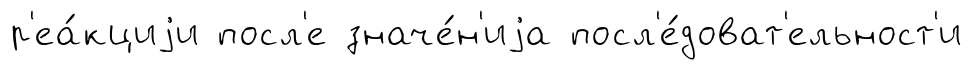
р'еа́кциjи посл'е значе́н'иjа посл'е́доват'ельност'и